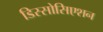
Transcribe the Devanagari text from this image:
डिस्सोसिएशन